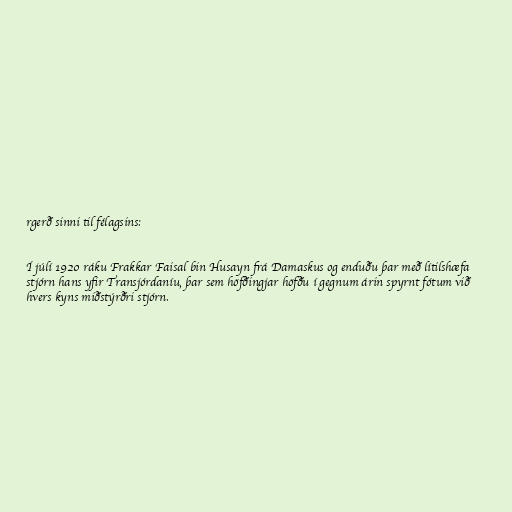
rgerð sinni til félagsins:

Í júlí 1920 ráku Frakkar Faisal bin Husayn frá Damaskus og enduðu þar með lítilshæfa
stjórn hans yfir Transjórdaníu, þar sem höfðingjar höfðu í gegnum árin spyrnt fótum við
hvers kyns miðstýrðri stjórn.